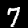
Label: 7